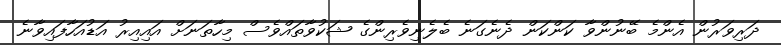
ދަރިވަރުން އެންމެ ބޭނުންވާ ކަންކަން ދެނެގަނެ ބެލެނިވެރިންގެ ޝަކުވާތައްވެސް މިހާތަނަަށް އައިއިރު އަޑުއަހާފައިވާނެ